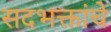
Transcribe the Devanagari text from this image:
सदभक्तांचे